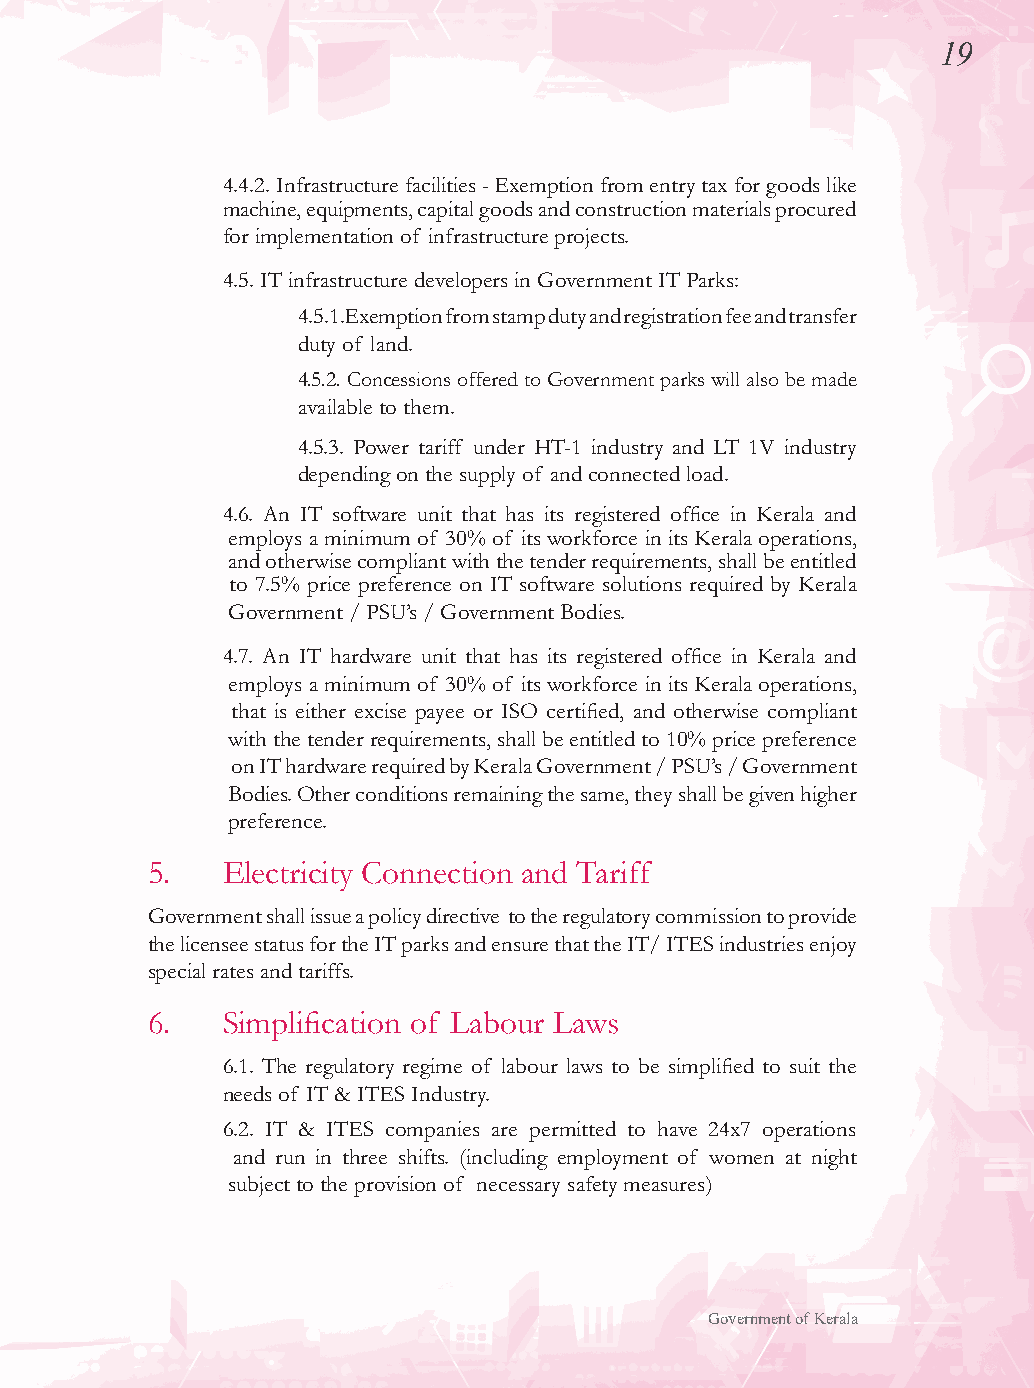
19
 4.4.2. Infrastructure facilities - Exemption from entry tax for goods like
 machine, equipments, capital goods and construction materials procured
 for implementation of infrastructure projects.
 4.5. IT infrastructure developers in Government IT Parks:
 4.5.1.E xemption from stamp duty and registration fee and transfer
 duty of land.
 4.5.2. Concessions offered to Government parks will also be made
 available to them.
 4.5.3. Power tariff under HT-1 industry and LT 1V industry
 depending on the supply of and connected load.
 4.6. An IT software unit that has its registered office in Kerala and
 employs a minimum of 30% of its workforce in its Kerala operations,
 and otherwise compliant with the tender requirements, shall be entitled
 to 7.5% price preference on IT software solutions required by Kerala
 Government / PSU’s / Government Bodies.
 4.7. An IT hardware unit that has its registered office in Kerala and
 employs a minimum of 30% of its workforce in its Kerala operations,
 that is either excise payee or ISO certified, and otherwise compliant
 with the tender requirements, shall be entitled to 10% price preference
 on IT hardware required by Kerala Government / PSU’s / Government
 Bodies. Other conditions remaining the same, they shall be given higher
 preference.
 5.   Electricity Connection and Tariff
 Government shall issue a policy directive to the regulatory commission to provide
 the licensee status for the IT parks and ensure that the IT/ ITES industries enjoy
 special rates and tariffs.
 6.   Simplification of Labour Laws
 6.1. The regulatory regime of labour laws to be simplified to suit the
 needs of IT & ITES Industry.
 6.2. IT & ITES companies are permitted to have 24x7 operations
 and run in three shifts. (including employment of women at night
 subject to the provision of necessary safety measures)
 Government of Kerala